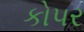
કો૫ર